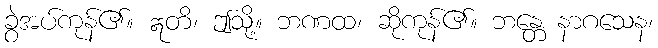
ခွဲအပ်ကုန်၏။ ဣတိ၊ ဤသို့။ ဘဏထ၊ ဆိုကုန်၏။ ဘန္တေ နာဂသေန၊